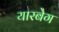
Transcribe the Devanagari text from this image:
यारबेग